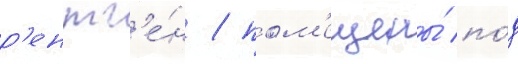
р'ентг'е́н / пом'ещены́ по́д